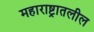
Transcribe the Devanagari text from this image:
महाराष्ट्रातलील